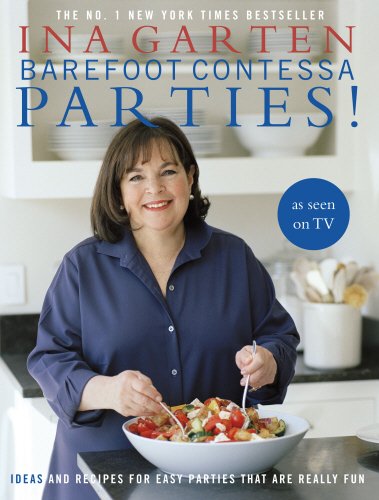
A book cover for Barefoot Contessa Parties!: Ideas and Recipes for Easy Parties That Are Really Fun; Ina Garten; Cookbooks, Food & Wine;